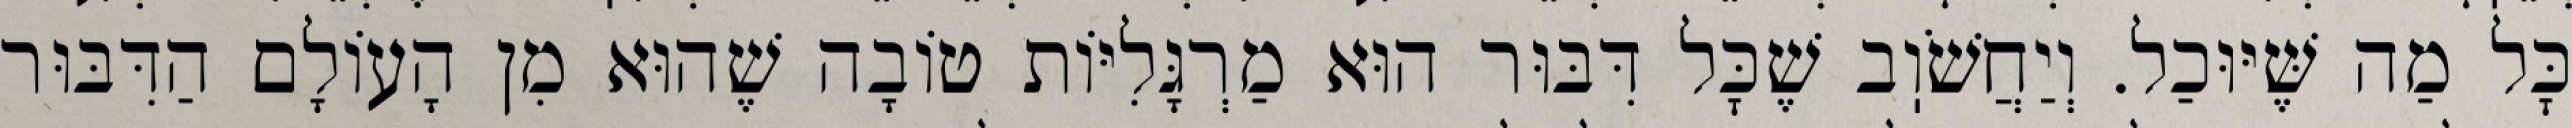
כׇּל מַה שֶּׁיּוּכַל. וְיַחֲשֹׁוֽב שֶׁכׇּל דִּבּוּר הוּא מַרְגָּלִיּוֹת טוֹבָה שֶׁהוּא מִן הָעוֹלָם הַדִּבּוּר